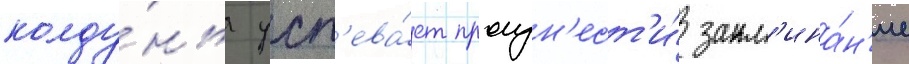
колду́нья усп'ева́ет произн'ест'и́ закл'ина́н'ие